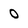
Character: 0